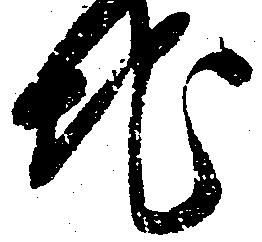
地